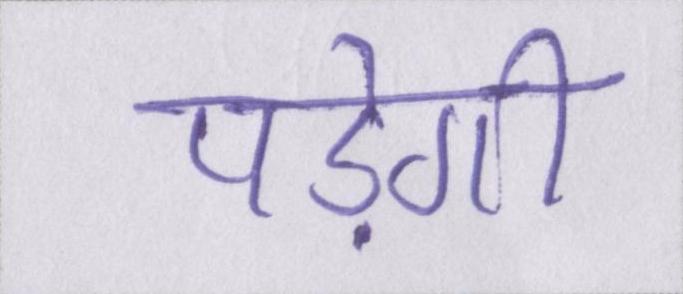
पड़ेगी